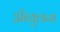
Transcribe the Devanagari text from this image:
अँब्युलन्स